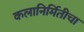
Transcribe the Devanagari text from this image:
कलानिर्मितीचा